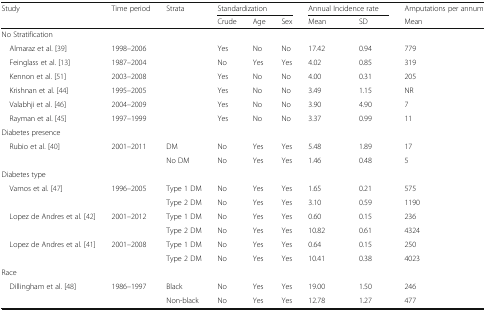
| Study | Time period | Strata | <COLSPAN=3> Standardization | <COLSPAN=2> Annual Incidence rate | Amputations per annum |
 |  |  |  | Crude | Age | Sex | Mean | SD | Mean |
 | --- | --- | --- | --- | --- | --- | --- | --- | --- |
 | <COLSPAN=9> No Stratification |
 | Almaraz et al. [39] | 1998–2006 |  | Yes | No | No | 17.42 | 0.94 | 779 |
 | Feinglass et al. [13] | 1987–2004 |  | No | Yes | Yes | 4.02 | 0.85 | 319 |
 | Kennon et al. [51] | 2003–2008 |  | Yes | No | No | 4.00 | 0.31 | 205 |
 | Krishnan et al. [44] | 1995–2005 |  | Yes | No | No | 3.49 | 1.15 | NR |
 | Valabhji et al. [46] | 2004–2009 |  | Yes | No | No | 3.90 | 4.90 | 7 |
 | Rayman et al. [45] | 1997–1999 |  | Yes | No | No | 3.37 | 0.99 | 11 |
 | <COLSPAN=9> Diabetes presence |
 | <ROWSPAN=2> Rubio et al. [40] | 2001–2011 | DM | No | Yes | Yes | 5.48 | 1.89 | 17 |
 |  | No DM | No | Yes | Yes | 1.46 | 0.48 | 5 |
 | <COLSPAN=9> Diabetes type |
 | <ROWSPAN=2> Vamos et al. [47] | 1996–2005 | Type 1 DM | No | Yes | Yes | 1.65 | 0.21 | 575 |
 |  | Type 2 DM | No | Yes | Yes | 3.10 | 0.59 | 1190 |
 | <ROWSPAN=2> Lopez de Andres et al. [42] | 2001–2012 | Type 1 DM | No | Yes | Yes | 0.60 | 0.15 | 236 |
 |  | Type 2 DM | No | Yes | Yes | 10.82 | 0.61 | 4324 |
 | <ROWSPAN=2> Lopez de Andres et al. [41] | 2001–2008 | Type 1 DM | No | Yes | Yes | 0.64 | 0.15 | 250 |
 |  | Type 2 DM | No | Yes | Yes | 10.41 | 0.38 | 4023 |
 | <COLSPAN=9> Race |
 | <ROWSPAN=2> Dillingham et al. [48] | 1986–1997 | Black | No | Yes | Yes | 19.00 | 1.50 | 246 |
 |  | Non-black | No | Yes | Yes | 12.78 | 1.27 | 477 |